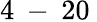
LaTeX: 4\: -\: 20\